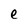
Character: e